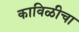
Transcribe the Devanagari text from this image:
काविळीचा